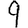
Digit: 9